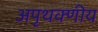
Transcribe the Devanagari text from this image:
अपृथक्णीय